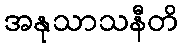
အနုသာသနီတိ